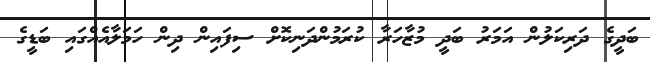
ބަދީގެ ދަރިކަލުން އަމަރު ބަދީ މުޒާހަރާ ކުރަމުންދަނިކޮށް ސިފައިން ދިން ހަމަލާއެއްގައި ބަޑީގެ